Leprosy in India: report of the Leprosy Commission in India, 1890-91
Year: 1890
Disease focus: Leprosy
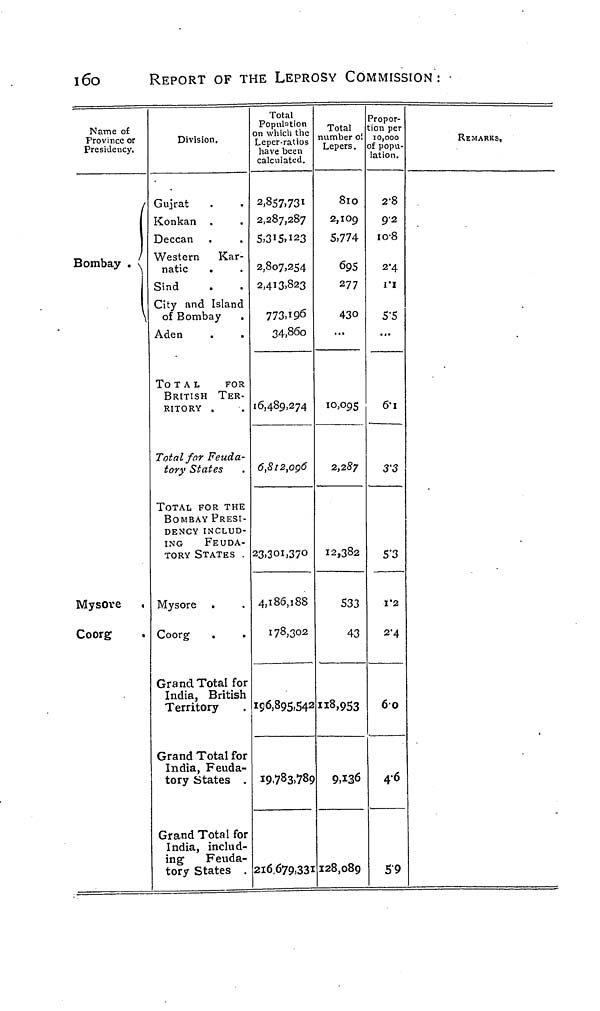
i6o
REPORT OF THE LEPROSY COMMISSION:
Name of
Province or
Presidency.
I
Bombay . v
\
Mysore
Coorg
Division.
Gujrat
Konkan
Deccan
Western Kar-
natic
Sind
City and Island
of Bombay
Aden
To TAL
FOR
BRITISH TER-
RITORY .
Total for Feuda-
tory States
TOTAL FOR THE
BOMBAY PRESI-
DENCY INCLUD-
ING
FEUDA-
TORY STATES .
Mysore
Coorg
Grand Total for
India, British
Territory
Grand Total for
India, Feuda-
tory States .
Grand Total for
India, includ-
ing
Feuda-
tory States .
Total
Population
on which the
Leper-ratios
have been
calculated.
2,857,731
2,287,287
5,3IS»I23
2,807,254
2,413,823
773.196
34,86o
i6.489.274
6,8i2,og6
23,301,370
4,186,188
178,302
I96,89S,S4 2
19.783.789
216,679,331
Total
number oí
Lepers.
810
2,109
5,774
69S
277
430
...
10,095
2,287
12,382
533
43
"8,953
9,136
128,089
Propor-
tion per
10,000
of popu-
lation.
2-8
9-2
io-8
2*4
I"I
5*5
...
6-1
3'3
S'3
1*2
2'4
60
46
59
REMARKS,